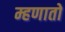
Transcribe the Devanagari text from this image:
म्हणातो